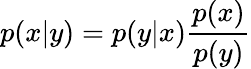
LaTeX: p(x|y)=p(y|x)\frac{p(x)}{p(y)}